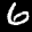
Label: 6